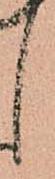
し